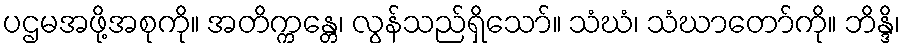
ပဌမအဖို့အစုကို။ အတိက္ကန္တေ၊ လွန်သည်ရှိသော်။ သံဃံ၊ သံဃာတော်ကို။ ဘိန္ဒိ၊